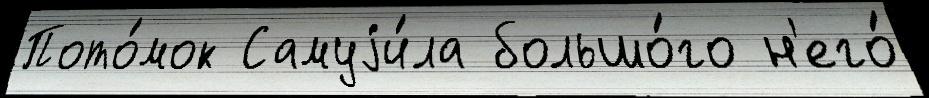
Пото́мок Самуjи́ла большо́го н'его́